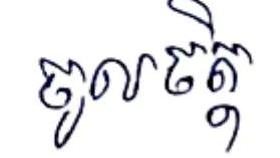
ចូលចិត្ត